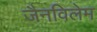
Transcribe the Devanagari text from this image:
जैनविलेम